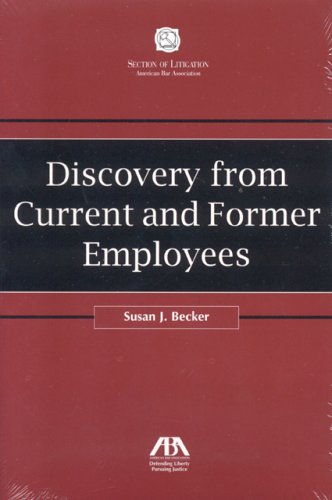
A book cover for Discovery from Current and Former Employees (Section of Litigation's Monograph Series); Susan Becker; Law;